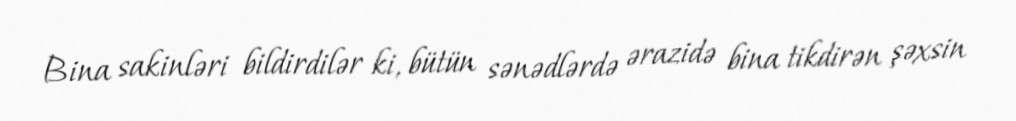
Bina sakinləri bildirdilər ki, bütün sənədlərdə ərazidə bina tikdirən şəxsin